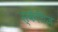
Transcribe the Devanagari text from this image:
स्केचिज़